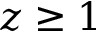
z \geq 1